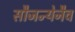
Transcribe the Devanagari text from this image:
सौजन्येनैव